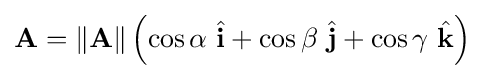
\mathbf {A} =\left\|\mathbf {A} \right\|\left(\cos \alpha \ {\hat {\mathbf {i} }}+\cos \beta \ {\hat {\mathbf {j} }}+\cos \gamma \ {\hat {\mathbf {k} }}\right)